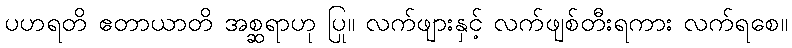
ပဟရတိ ဧတာယာတိ အစ္ဆရာဟု ပြု။ လက်ဖျားနှင့် လက်ဖျစ်တီးရကား လက်ရစေ။